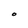
Character: O